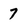
Character: 7